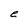
Character: e